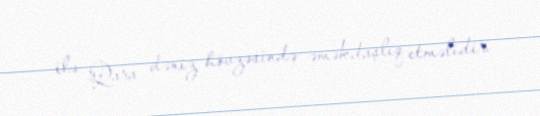
ilə Qara dəniz hövzəsində əməkdaşlıq etməlidir.